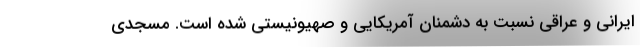
ایرانی و عراقی نسبت به دشمنان آمریکایی و صهیونیستی شده است. مسجدی